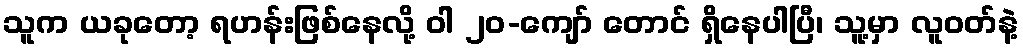
သူက ယခုတော့ ရဟန်းဖြစ်နေလို့ ဝါ ၂၀-ကျော် တောင် ရှိနေပါပြီ၊ သူ့မှာ လူဝတ်နဲ့